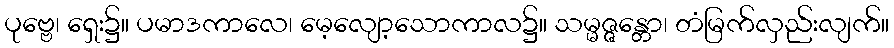
ပုဗ္ဗေ၊ ရှေး၌။ ပမာဒကာလေ၊ မေ့လျော့သောကာလ၌။ သမ္မဇ္ဇန္တော၊ တံမြက်လှည်းလျက်။